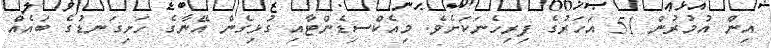
އިން އުމުރުން 51 އަހަރުގެ ފިރިހެނަކަށެވެ. މިއެކްސިޑެންޓާއި ގުޅިގެން އޭނާގެ ހަށިގަނޑުގެ ބައެއް